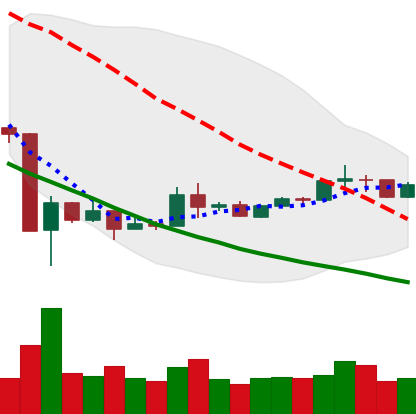
Ticker: XRP-USD
Chart end date: 2020-03-30
Forward return: 5.553%
Label: up_5_7